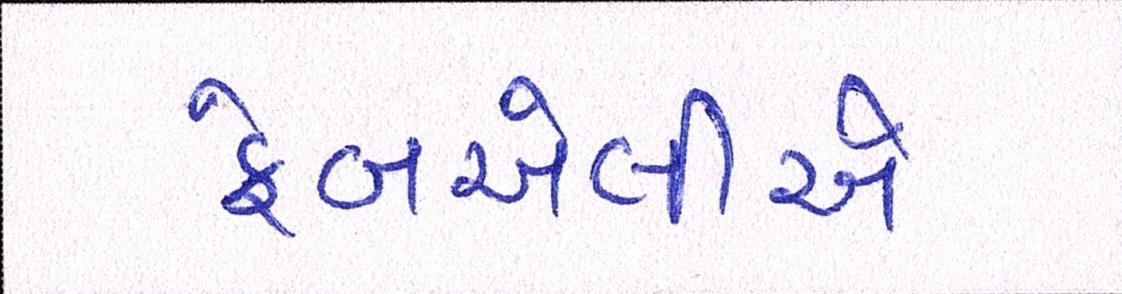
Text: ફેબએલીએ